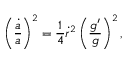
\left( { \frac { \dot { a } } { a } } \right) ^ { 2 } = { \frac { 1 } { 4 } } \dot { r } ^ { 2 } \left( { \frac { g ^ { \prime } } { g } } \right) ^ { 2 } ,